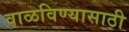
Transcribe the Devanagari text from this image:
वाळविण्यासाठी